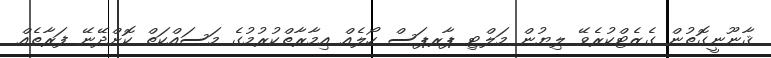
ޤާނޫނީގޮތުން ގެޒެޓްކުރެވޭ ލިޔުން މަލްޓި ޕާރޕަސް ހޯލެއް އިމާރާތްކުރުމުގެ މަސައްކަތް ކޮށްދޭނޭ ފަރާތެއް